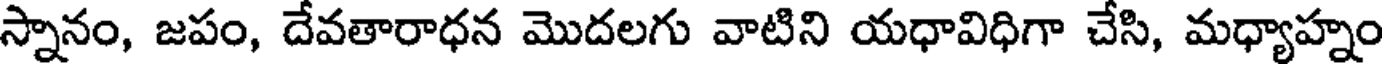
స్నానం, జపం, దేవతారాధన మొదలగు వాటిని యధావిధిగా చేసి, మధ్యాహ్నం